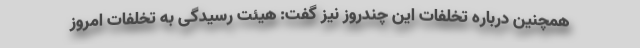
همچنین درباره تخلفات این چندروز نیز گفت: هیئت رسیدگی به تخلفات امروز